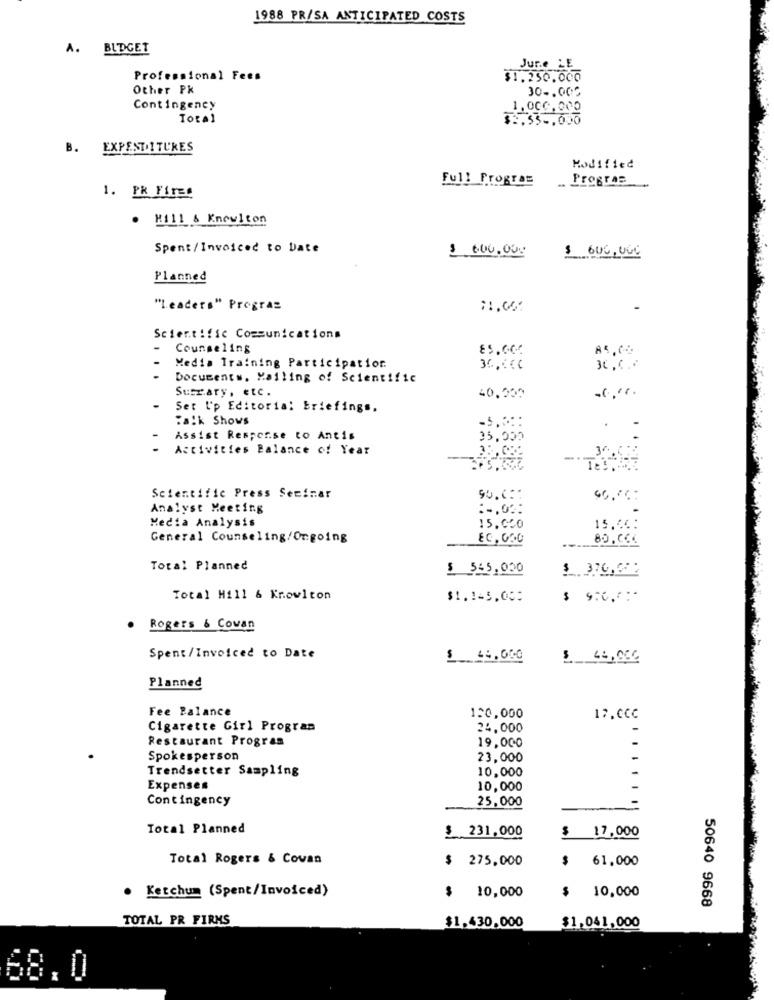
1988 PR/SA ANTICIPATED COSTS
A. BUDGET
Jur.e LE
Professional Fees
$1.250.000
Other Pk
30 -. 000
Contingency
1.000.000
Total
$2.53 .. 000
B. EXPENTOITURES
Modified
Full Program
Progres
1. Pk Firme
. Kill & Knowlton
Spent/Invoiced to Date
3.000.000
$ 600,000
Planned
"Leaders" Progras
11,00
Scientific Communications
- Counseling
Media Training Participation
3C ,C ..
Documents. Mailing of Scientific
Suczary, etc.
-
Set I'p Editorial Briefings.
Talk Shows
-5 .:::
.
-
Assist Response to Antis
Activities Balance of Year
Scientific Press Seminar
40,06:
Analyst Meeting
Media Analysis
15.000
15.00:
General Counseling/Ongoing
80,064
Total Planned
5 5:5,030
Total Hill & Knowlton
$1.145,000
Rogers & Covan
Spent/Invoiced to Date
$ 44,000
Planned
Fee Balance
120,000
17.0CC
Cigarette Girl Program
24.000
Restaurant Program
19,000
Spokesperson
23,000
Trendsetter Sampling
10,000
Expenses
10,000
Contingency
25,000
Total Planned
$ 17,000
$ 231.000
Total Rogers & Covan
$ 275,000
$
61.000
10,000
$ 10,000
. Ketchum (Spent/Invoiced)
$
50640 9668
TOTAL PR FIRMS
$1,430,000
$1,041,000
68.0